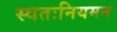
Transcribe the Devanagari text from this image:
स्वतःनियमन